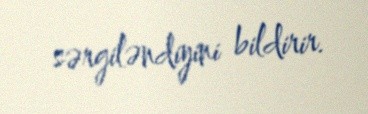
sərgiləndiyini bildirir.